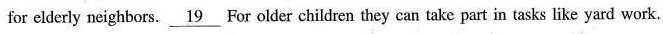
for elderly neighbors. \underline{19} For older children they can take part in tasks like yard work.